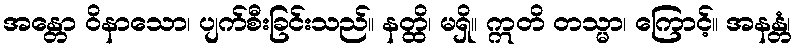
အန္တော ဝိနာသော၊ ပျက်စီးခြင်းသည်။ နတ္ထိ၊ မရှိ။ ဣတိ တသ္မာ၊ ကြောင့်။ အနန္တံ၊